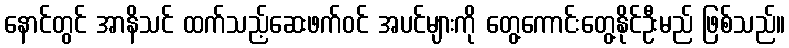
နောင်တွင် အာနိသင် ထက်သည့်ဆေးဖက်ဝင် အပင်များကို တွေ့ကောင်းတွေ့နိုင်ဦးမည် ဖြစ်သည်။